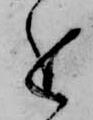
進